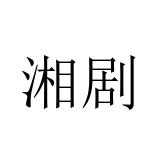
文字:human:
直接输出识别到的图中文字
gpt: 湘剧